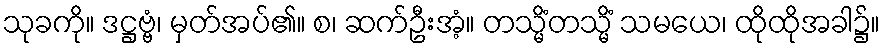
သုခကို။ ဒဋ္ဌဗ္ဗံ၊ မှတ်အပ်၏။ စ၊ ဆက်ဦးအံ့။ တသ္မိံတသ္မိံ သမယေ၊ ထိုထိုအခါ၌။